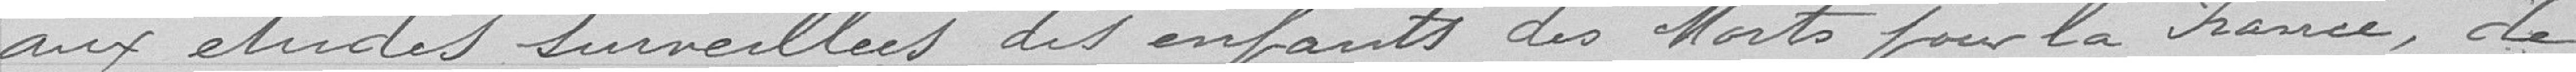
aux études surveillées des enfants des Morts pour la France ,de